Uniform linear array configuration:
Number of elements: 48
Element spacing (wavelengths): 0.5
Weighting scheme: hann
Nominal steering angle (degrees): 0
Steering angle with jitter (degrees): -0.9007
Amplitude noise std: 0.05
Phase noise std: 0.05

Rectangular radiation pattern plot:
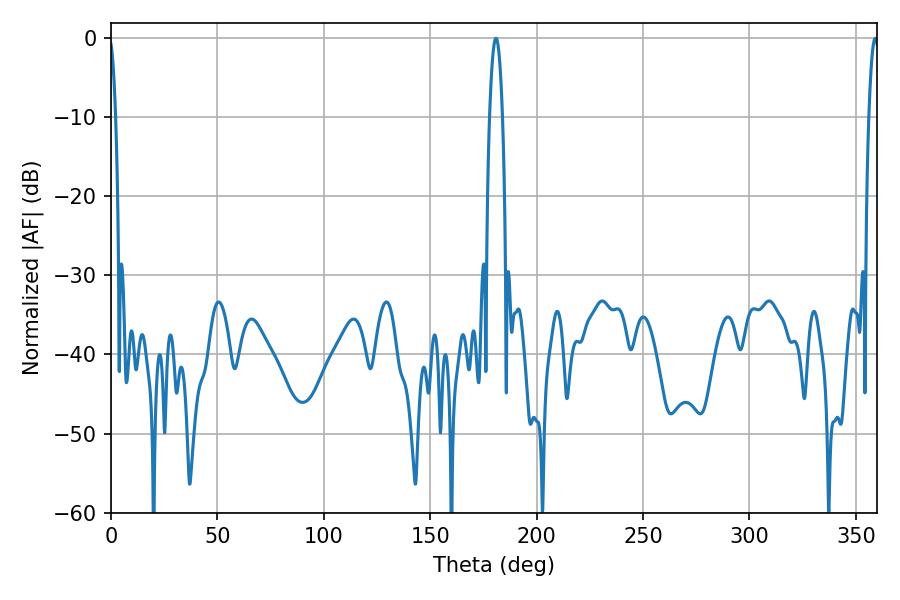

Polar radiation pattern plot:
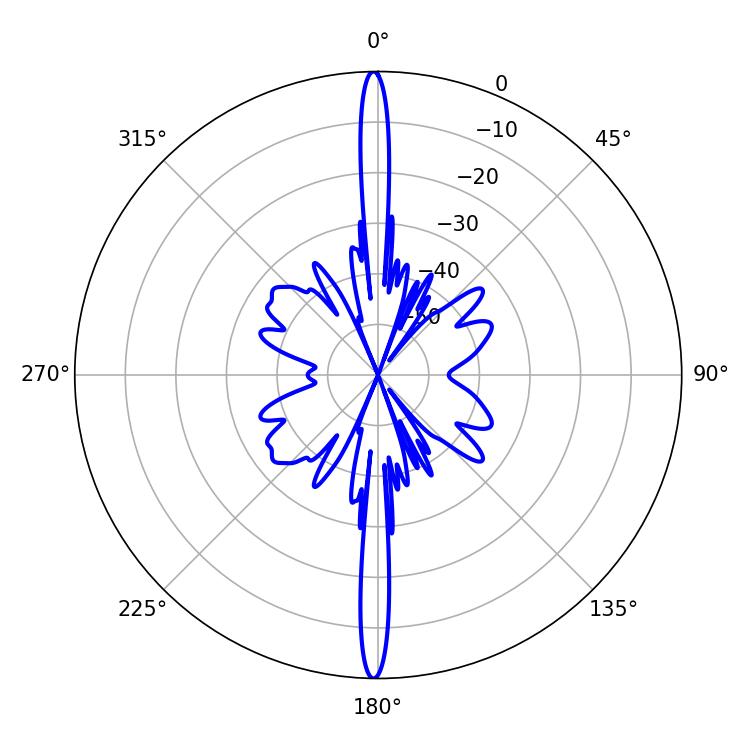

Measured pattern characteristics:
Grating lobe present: FALSE
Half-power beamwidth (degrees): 3.24
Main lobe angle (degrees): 180.9